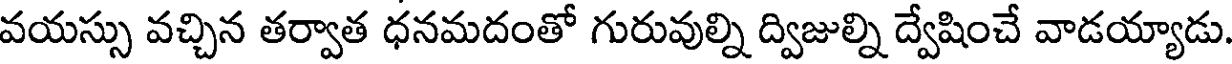
వయస్సు వచ్చిన తర్వాత ధనమదంతో గురువుల్ని ద్విజుల్ని ద్వేషించే వాడయ్యాడు